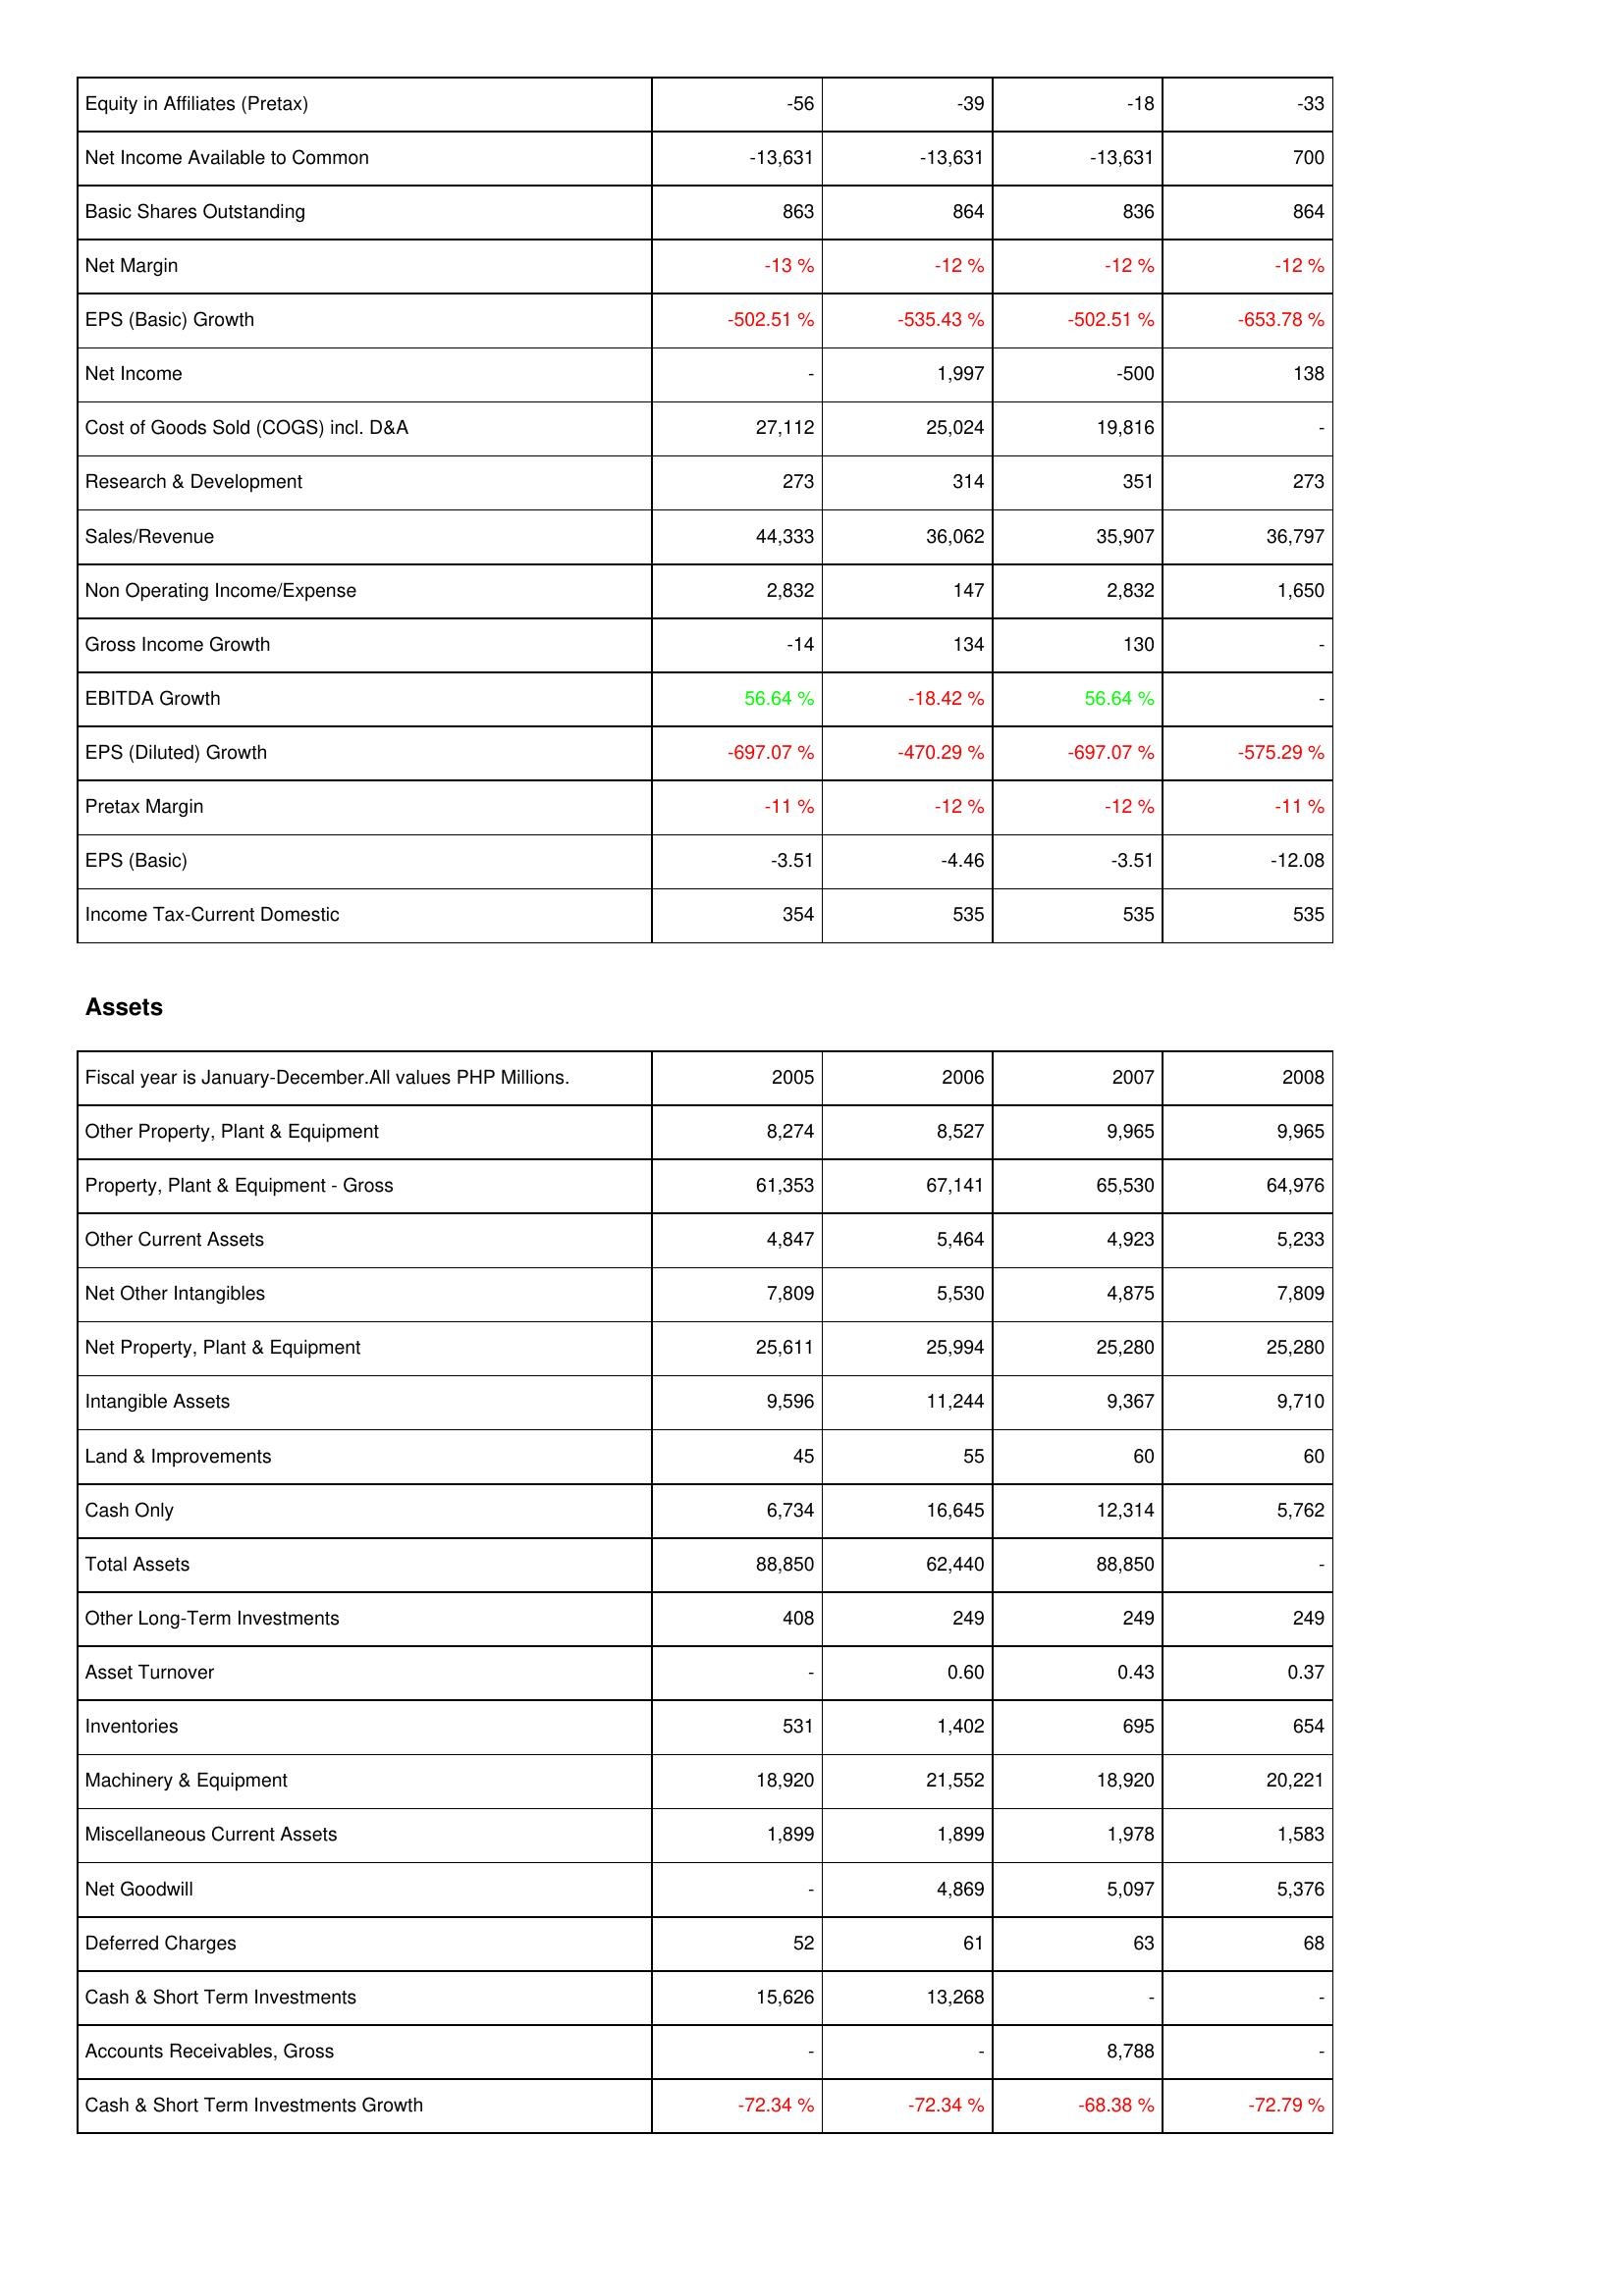
2005: Income Statement: Equity in Affiliates (Pretax): -56
Net Income Available to Common: -13,631
Basic Shares Outstanding: 863
Net Margin: -13 %
EPS (Basic) Growth: -502.51 %
Net Income: -
Cost of Goods Sold (COGS) incl. D&A: 27,112
Research & Development: 273
Sales/Revenue: 44,333
Non Operating Income/Expense: 2,832
Gross Income Growth: -14
EBITDA Growth: 56.64 %
EPS (Diluted) Growth: -697.07 %
Pretax Margin: -11 %
EPS (Basic): -3.51
Income Tax-Current Domestic: 354
Assets: Other Property, Plant & Equipment: 8,274
Property, Plant & Equipment - Gross: 61,353
Other Current Assets: 4,847
Net Other Intangibles: 7,809
Net Property, Plant & Equipment: 25,611
Intangible Assets: 9,596
Land & Improvements: 45
Cash Only: 6,734
Total Assets: 88,850
Other Long-Term Investments: 408
Asset Turnover: -
Inventories: 531
Machinery & Equipment: 18,920
Miscellaneous Current Assets: 1,899
Net Goodwill: -
Deferred Charges: 52
Cash & Short Term Investments: 15,626
Accounts Receivables, Gross: -
Cash & Short Term Investments Growth: -72.34 %
2006: Income Statement: Equity in Affiliates (Pretax): -39
Net Income Available to Common: -13,631
Basic Shares Outstanding: 864
Net Margin: -12 %
EPS (Basic) Growth: -535.43 %
Net Income: 1,997
Cost of Goods Sold (COGS) incl. D&A: 25,024
Research & Development: 314
Sales/Revenue: 36,062
Non Operating Income/Expense: 147
Gross Income Growth: 134
EBITDA Growth: -18.42 %
EPS (Diluted) Growth: -470.29 %
Pretax Margin: -12 %
EPS (Basic): -4.46
Income Tax-Current Domestic: 535
Assets: Other Property, Plant & Equipment: 8,527
Property, Plant & Equipment - Gross: 67,141
Other Current Assets: 5,464
Net Other Intangibles: 5,530
Net Property, Plant & Equipment: 25,994
Intangible Assets: 11,244
Land & Improvements: 55
Cash Only: 16,645
Total Assets: 62,440
Other Long-Term Investments: 249
Asset Turnover: 0.60
Inventories: 1,402
Machinery & Equipment: 21,552
Miscellaneous Current Assets: 1,899
Net Goodwill: 4,869
Deferred Charges: 61
Cash & Short Term Investments: 13,268
Accounts Receivables, Gross: -
Cash & Short Term Investments Growth: -72.34 %
2007: Income Statement: Equity in Affiliates (Pretax): -18
Net Income Available to Common: -13,631
Basic Shares Outstanding: 836
Net Margin: -12 %
EPS (Basic) Growth: -502.51 %
Net Income: -500
Cost of Goods Sold (COGS) incl. D&A: 19,816
Research & Development: 351
Sales/Revenue: 35,907
Non Operating Income/Expense: 2,832
Gross Income Growth: 130
EBITDA Growth: 56.64 %
EPS (Diluted) Growth: -697.07 %
Pretax Margin: -12 %
EPS (Basic): -3.51
Income Tax-Current Domestic: 535
Assets: Other Property, Plant & Equipment: 9,965
Property, Plant & Equipment - Gross: 65,530
Other Current Assets: 4,923
Net Other Intangibles: 4,875
Net Property, Plant & Equipment: 25,280
Intangible Assets: 9,367
Land & Improvements: 60
Cash Only: 12,314
Total Assets: 88,850
Other Long-Term Investments: 249
Asset Turnover: 0.43
Inventories: 695
Machinery & Equipment: 18,920
Miscellaneous Current Assets: 1,978
Net Goodwill: 5,097
Deferred Charges: 63
Cash & Short Term Investments: -
Accounts Receivables, Gross: 8,788
Cash & Short Term Investments Growth: -68.38 %
2008: Income Statement: Equity in Affiliates (Pretax): -33
Net Income Available to Common: 700
Basic Shares Outstanding: 864
Net Margin: -12 %
EPS (Basic) Growth: -653.78 %
Net Income: 138
Cost of Goods Sold (COGS) incl. D&A: -
Research & Development: 273
Sales/Revenue: 36,797
Non Operating Income/Expense: 1,650
Gross Income Growth: -
EBITDA Growth: -
EPS (Diluted) Growth: -575.29 %
Pretax Margin: -11 %
EPS (Basic): -12.08
Income Tax-Current Domestic: 535
Assets: Other Property, Plant & Equipment: 9,965
Property, Plant & Equipment - Gross: 64,976
Other Current Assets: 5,233
Net Other Intangibles: 7,809
Net Property, Plant & Equipment: 25,280
Intangible Assets: 9,710
Land & Improvements: 60
Cash Only: 5,762
Total Assets: -
Other Long-Term Investments: 249
Asset Turnover: 0.37
Inventories: 654
Machinery & Equipment: 20,221
Miscellaneous Current Assets: 1,583
Net Goodwill: 5,376
Deferred Charges: 68
Cash & Short Term Investments: -
Accounts Receivables, Gross: -
Cash & Short Term Investments Growth: -72.79 %